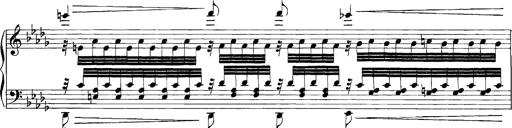
Title: Grandes Etudes
Composer: Franz Liszt